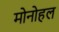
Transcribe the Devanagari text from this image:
मोनोहल